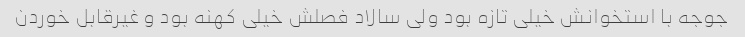
جوجه با استخوانش خیلی تازه بود ولی سالاد فصلش خیلی کهنه بود و غیرقابل خوردن